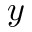
y